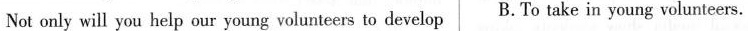
Not only will you help our young volunteers to develop B.To take in young volunteers.